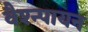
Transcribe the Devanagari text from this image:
वैश्न्पायन